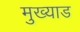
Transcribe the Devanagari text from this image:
मुख्याड